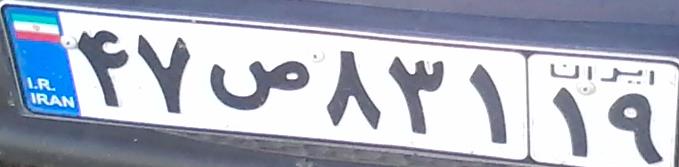
۴۷ص۸۳۱۱۹